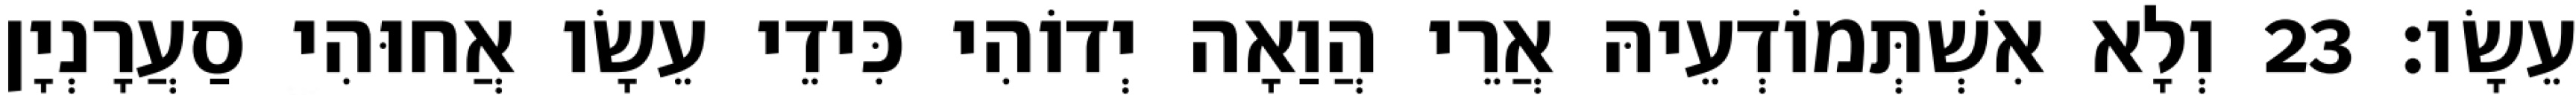
עֵשָׂו׃ 23 וְלָא אִשְׁתְּמוֹדְעֵיהּ אֲרֵי הֲוַאָה יְדוֹהִי כִּידֵי עֵשָׂו אֲחוּהִי סַעֲרָנְיָן